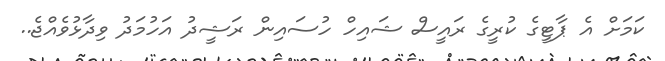
ކަމަށް އެ ޕާޓީގެ ކުރީގެ ރައީސް ޝައިހް ހުސައިން ރަޝީދު އަހުމަދު ވިދާޅުވެއްޖެ..